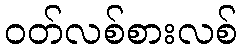
ဝတ်လစ်စားလစ်